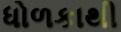
ધોળકાથી